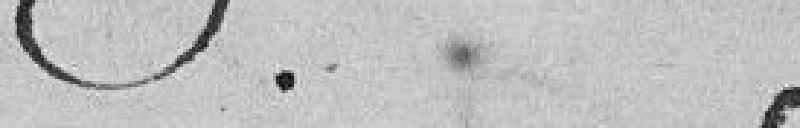
.